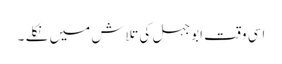
اسی وقت ابوجہل کی تلاش میں نکلے ۔